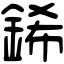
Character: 䤭